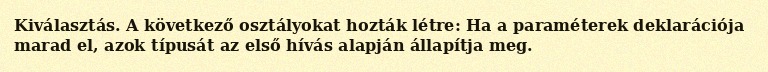
Kiválasztás. A következő osztályokat hozták létre: Ha a paraméterek deklarációja marad el, azok típusát az első hívás alapján állapítja meg.